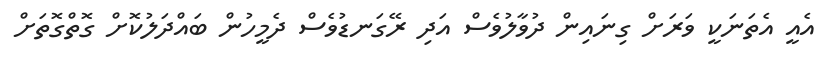
އެއީ އެތަނަކީ ވަރަށް ގިނައިން ދުވާލުވެސް އަދި ރޭގަނޑުވެސް ދެމީހުން ބައްދަލުކޮށް ގޮތްގޮތަށް